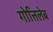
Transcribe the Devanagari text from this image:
गोत्तिलेब